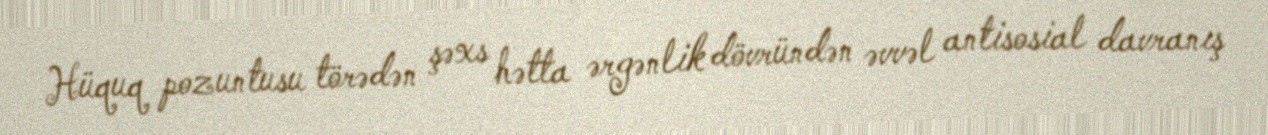
Hüquq pozuntusu törədən şəxs hətta ərgənlik dövründən əvvəl antisosial davranış